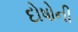
દોષોની